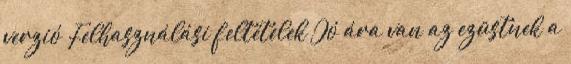
verzió Felhasználási feltételek Jó ára van az ezüstnek a